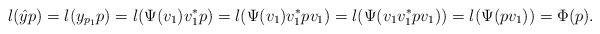
\begin{align*}l(\hat{y}p)=l(y_{p_1}p)=l(\Psi(v_1)v_1^*p)=l(\Psi(v_1)v_1^*pv_1)=l(\Psi(v_1v_1^*pv_1))=l(\Psi(pv_1))=\Phi(p).\end{align*}